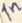
Text: In